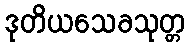
ဒုတိယသေခသုတ္တ